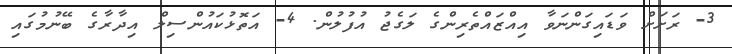
3- ރަށަށް ވަޑައިގަންނަވާ އިއްޒައްތެރިންގެ ލަގެޖު އުފުލުން. 4- އަތޮޅުކައުންސިލް އިދާރާގެ ބޭނުމުގައި